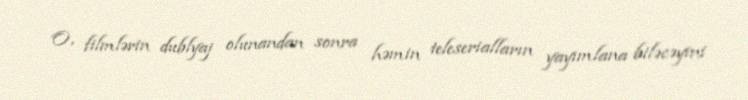
O, filmlərin dublyaj olunandan sonra həmin teleserialların yayımlana biləcəyini